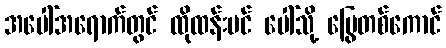
အပေါ်အရောက်တွင် ထိုထန်းပင် ပေါ်သို့ မြွေတစ်ကောင်